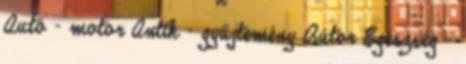
Autó - motor Antik - gyűjtemény Bútor Egészség -